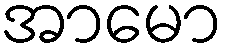
အာမော